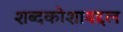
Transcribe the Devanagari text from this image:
शब्दकोशाबद्दल